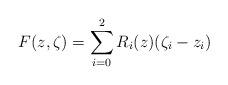
LaTeX: \begin{align*}F(z,\zeta)=\sum_{i=0}^2R_i(z)(\zeta_i-z_i)\end{align*}